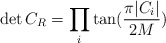
\begin{align*}\det{C_R}= \prod_i \tan(\frac{\pi|C_i|}{2M}) \end{align*}